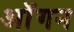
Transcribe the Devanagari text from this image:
ऑगन